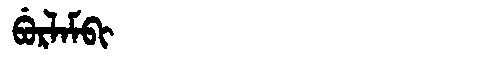
Manchu: ᠪᡠᡵᠯᠠᠮᠪᡳ
Romanization: BURLAMBI